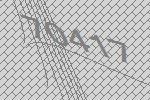
70417